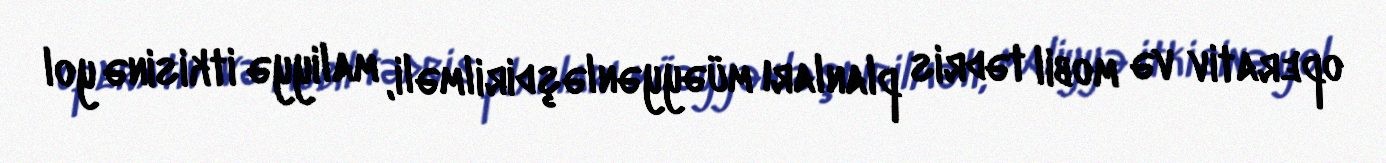
operativ və mobil tədris planları müəyyənləşdirilməli, maliyyə itkisinə yol